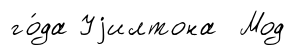
го́да Уjилтона Мод